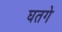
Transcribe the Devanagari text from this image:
घतगे